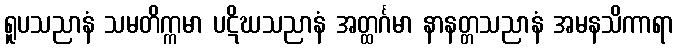
ရူပသညာနံ သမတိက္ကမာ ပဋိဃသညာနံ အတ္ထင်္ဂမာ နာနတ္တသညာနံ အမနသိကာရာ